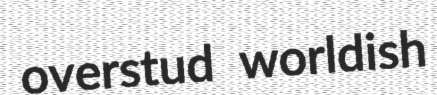
overstud worldish